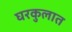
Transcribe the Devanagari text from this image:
घरकुलात